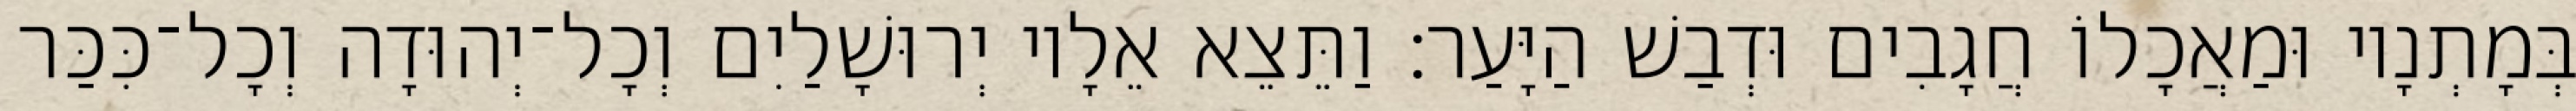
בְּמָתְנָיו וּמַאֲכָלוֹ חֲגָבִים וּדְבַשׁ הַיָּעַר׃ וַתֵּצֵא אֵלָיו יְרוּשָׁלַיִם וְכָל־יְהוּדָה וְכָל־כִּכַּר